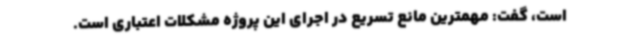
است، گفت: مهمترین مانع تسریع در اجرای این پروژه مشکلات اعتباری است.